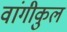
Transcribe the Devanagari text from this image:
वांगीकुल